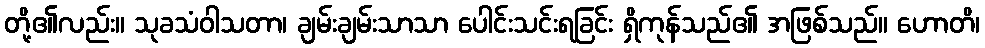
တို့၏လည်း။ သုခသံဝါသတာ၊ ချမ်းချမ်းသာသာ ပေါင်းသင်းရခြင်း ရှိကုန်သည်၏ အဖြစ်သည်။ ဟောတိ၊